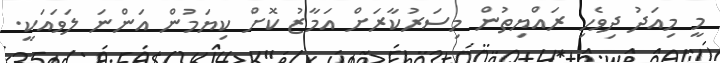
މީ މިއަދު ދިވެހި ރައްޔިތުން މިސަރުކާރަށް އަމާޒު ކޮށް ކިޔަމުން އަންނަ ލަވައަކީ.